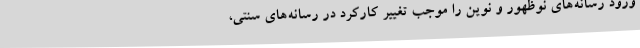
ورود رسانه‌های نوظهور و نوین را موجب تغییر کارکرد در رسانه‌های سنتی،